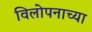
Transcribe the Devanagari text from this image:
विलोपनाच्या